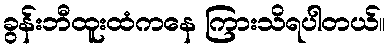
ခွန်းဘီထူးထံကနေ ကြားသိရပါတယ်။